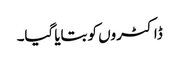
ڈاکٹروں کو بتایا گیا۔